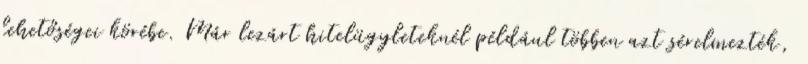
lehetőségei körébe. Már lezárt hitelügyleteknél például többen azt sérelmezték,